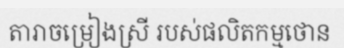
តារាចម្រៀងស្រី របស់ផលិតកម្មថោន